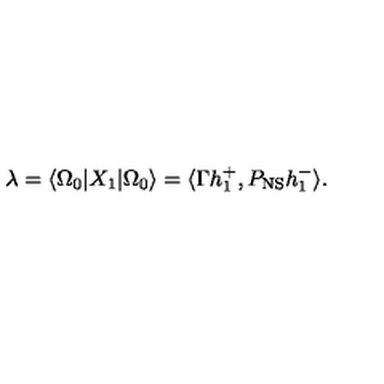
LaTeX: \lambda = \langle \Omega _ { 0 } | X _ { 1 } | \Omega _ { 0 } \rangle = \langle \Gamma h _ { 1 } ^ { + } , P _ { \mathrm { N S } } h _ { 1 } ^ { - } \rangle .